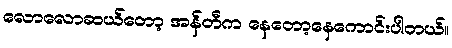
လောလောဆယ်တော့ အန်တီက နေတော့နေကောင်းပါတယ်။